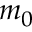
m _ { 0 }